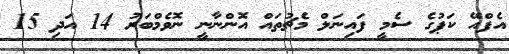
އެފްއޭ ކަޕުގެ ސެމީ ފައިނަލް މެޗުތައް އޮންނާނީ ނޮވެމްބަރު 14 އަދި 15